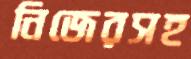
নিজেরসহ